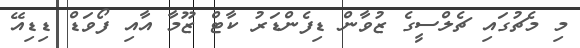
މި މެޗުގައި ޗެލްސީގެ ޒުވާން ޑިފެންޑަރު ކާޓް ޒޫމާ އާއި ފޯވަޑް ޑިޑިއޭ